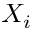
X _ { i }